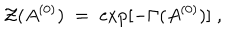
{ \cal Z } ( A ^ { ( 0 ) } ) \; = \; \exp [ - \Gamma ( A ^ { ( 0 ) } ) ] \; ,